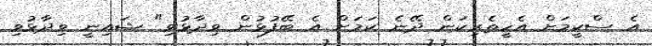
އެ ސްކީމަށް އެހީތެރިކަން ދޭނެ ކަމަށް އެ ބޭފުޅުން ވިދާޅުވި" ޝައިނީ ވިދާޅުވި